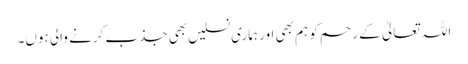
اللہ تعالیٰ کے رحم کو ہم بھی اور ہماری نسلیں بھی جذب کرنے والی ہوں۔